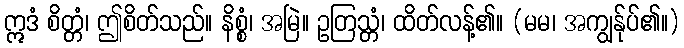
ဣဒံ စိတ္တံ၊ ဤစိတ်သည်။ နိစ္စံ၊ အမြဲ။ ဥတြသ္တံ၊ ထိတ်လန့်၏။ (မမ၊ အကျွန်ုပ်၏။)